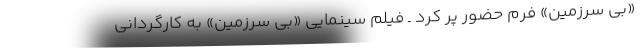
«بی سرزمین» فرم حضور پر کرد ـ فیلم سینمایی «بی سرزمین» به کارگردانی